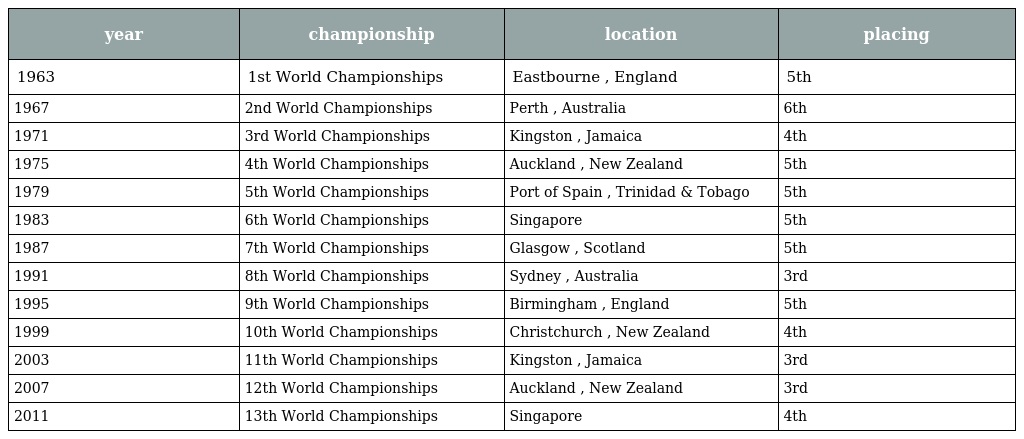
| year | championship | location | placing |
 | --- | --- | --- | --- |
 | 1963 | 1st World Championships | Eastbourne , England | 5th |
 | 1967 | 2nd World Championships | Perth , Australia | 6th |
 | 1971 | 3rd World Championships | Kingston , Jamaica | 4th |
 | 1975 | 4th World Championships | Auckland , New Zealand | 5th |
 | 1979 | 5th World Championships | Port of Spain , Trinidad & Tobago | 5th |
 | 1983 | 6th World Championships | Singapore | 5th |
 | 1987 | 7th World Championships | Glasgow , Scotland | 5th |
 | 1991 | 8th World Championships | Sydney , Australia | 3rd |
 | 1995 | 9th World Championships | Birmingham , England | 5th |
 | 1999 | 10th World Championships | Christchurch , New Zealand | 4th |
 | 2003 | 11th World Championships | Kingston , Jamaica | 3rd |
 | 2007 | 12th World Championships | Auckland , New Zealand | 3rd |
 | 2011 | 13th World Championships | Singapore | 4th |